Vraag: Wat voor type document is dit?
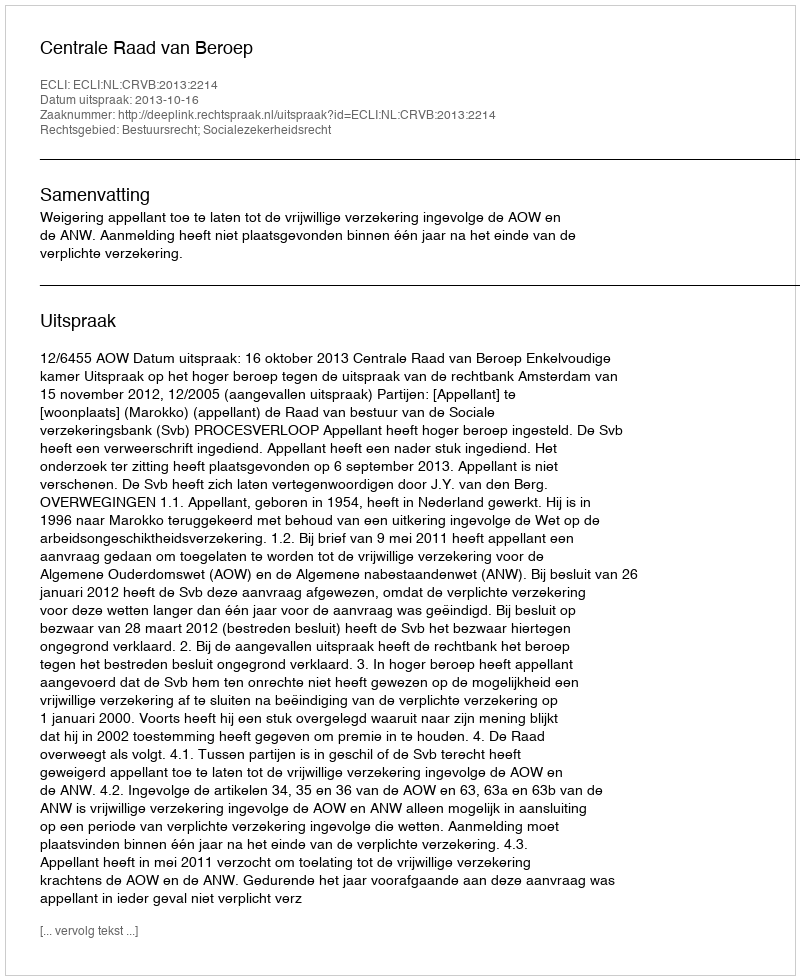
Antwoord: Uitspraak